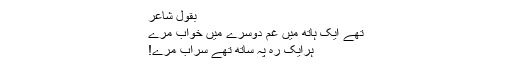
بقول شاعر
تھے ایک ہاتھ میں غم دُوسرے میں خواب مرے
ہرایک رہ پہ ساتھ تھے سراب مرے!